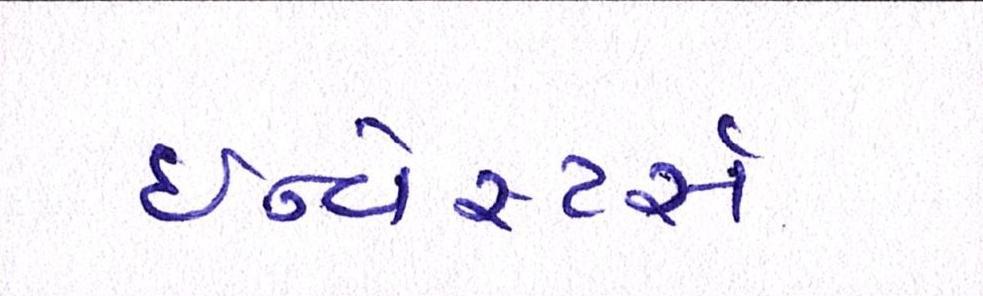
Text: ઇન્વેસ્ટર્સ